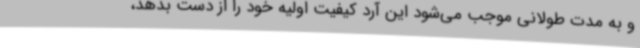
و به مدت طولانی موجب می‌شود این آرد کیفیت اولیه خود را از دست بدهد،